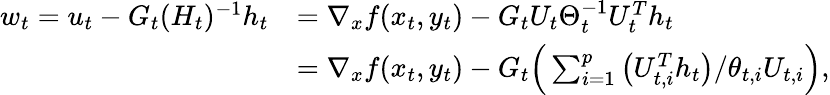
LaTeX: \begin{array}{rl}{w_{t}=u_{t}-G_{t}(H_{t})^{-1}h_{t}}&{=\nabla_{x}f(x_{t},y_{t})-G_{t}U_{t}\Theta_{t}^{-1}U_{t}^{T}h_{t}}\\ &{=\nabla_{x}f(x_{t},y_{t})-G_{t}\Big(\sum_{i=1}^{p}\big(U_{t,i}^{T}h_{t}\big)/\theta_{t,i}U_{t,i}\Big),}\end{array}